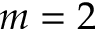
m = 2